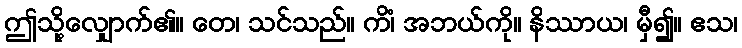
ဤသို့လျှောက်၏။ တေ၊ သင်သည်။ ကိံ၊ အဘယ်ကို။ နိဿာယ၊ မှီ၍။ ဧသ၊